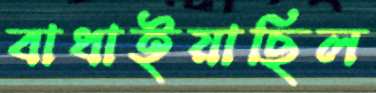
বাধাইয়াছিল